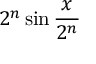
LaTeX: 2 ^ { n } \sin { \frac { x } { 2 ^ { n } } }